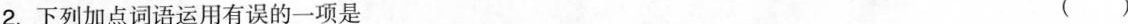
2. 下列加点词语运用有误的一项是 ( )